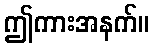
ဤကားအနက်။